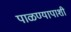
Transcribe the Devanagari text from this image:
पाळण्यापाशी